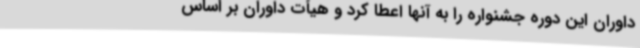
داوران این دوره جشنواره را به آنها اعطا کرد و هیأت داوران بر اساس